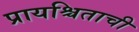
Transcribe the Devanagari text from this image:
प्रायश्चिताची